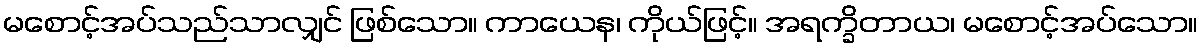
မစောင့်အပ်သည်သာလျှင် ဖြစ်သော။ ကာယေန၊ ကိုယ်ဖြင့်။ အရက္ခိတာယ၊ မစောင့်အပ်သော။